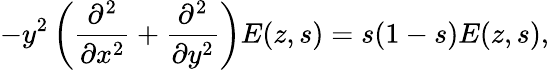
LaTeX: -y^{2}\left({\frac{\partial^{2}}{\partial x^{2}}}+{\frac{\partial^{2}}{\partial y^{2}}}\right)E(z,s)=s(1-s)E(z,s),